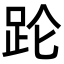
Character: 𬦧